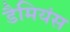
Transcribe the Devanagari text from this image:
डैमियंस